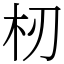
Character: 杒